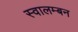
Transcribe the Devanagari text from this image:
स्वालम्बन